Kambja_algkool, lk 56
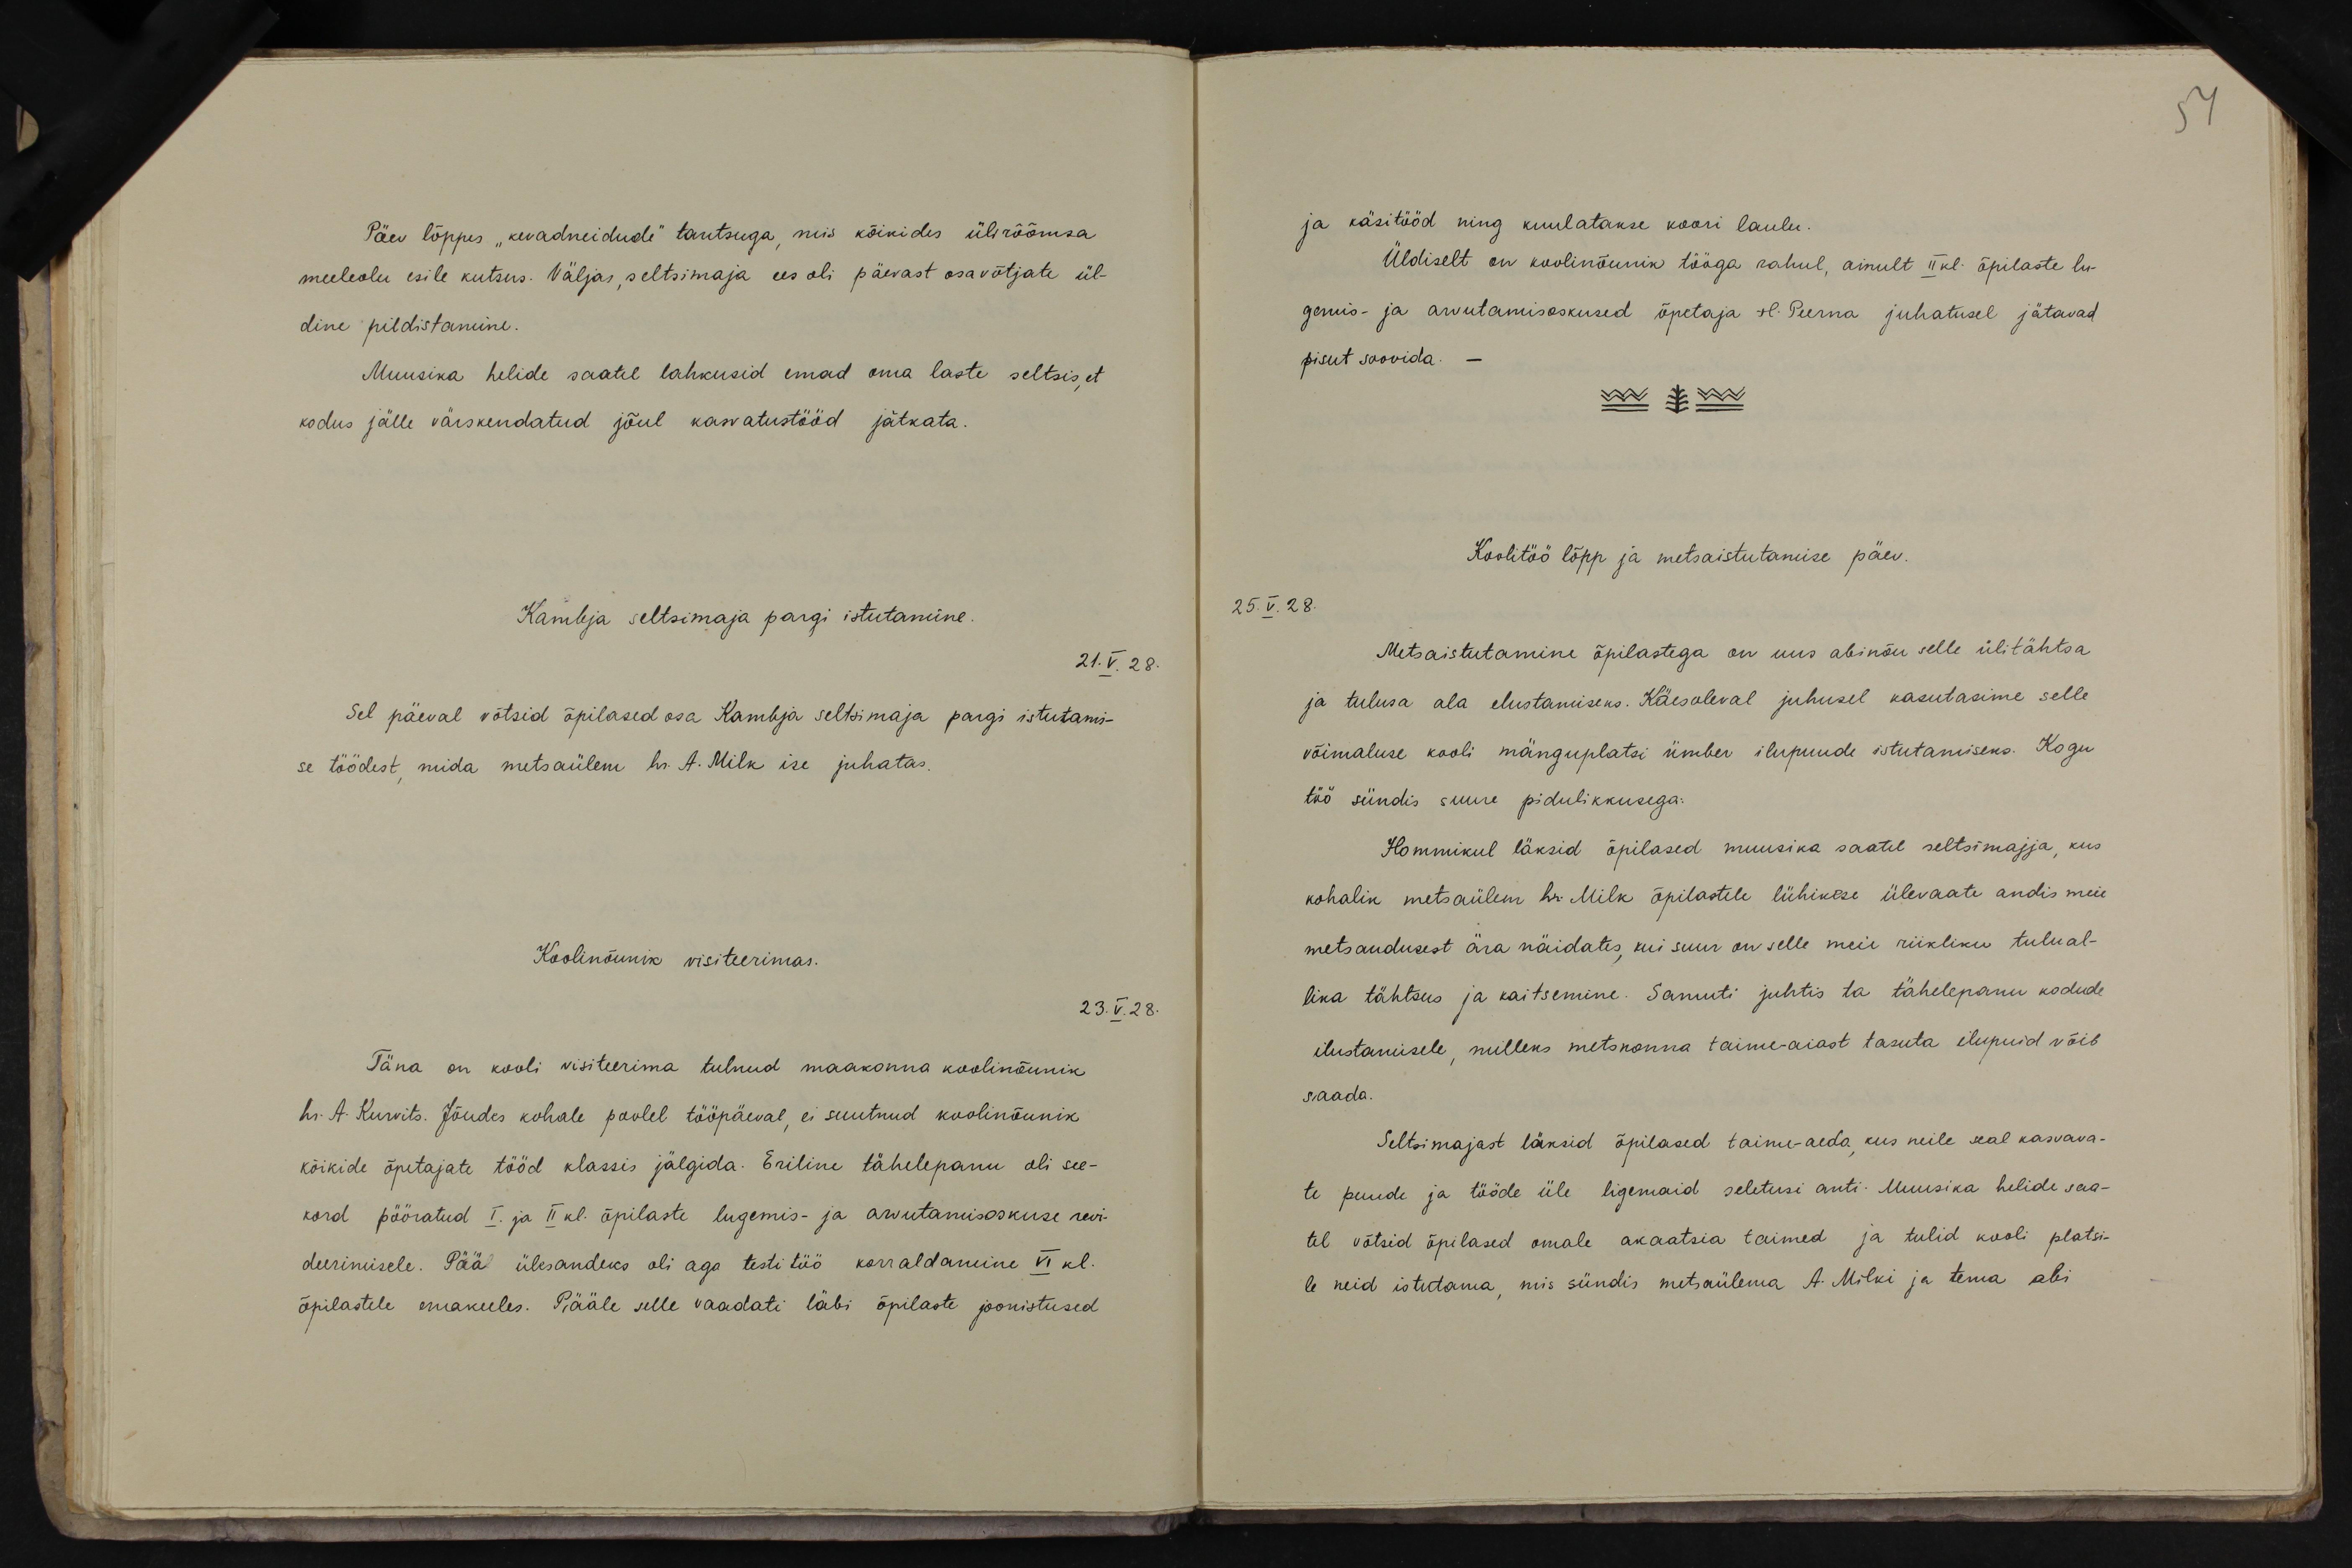
Päev lõppes "kevadneidude" tantsuga, mis kõikides ülirõõmsa
meeleolu esile kutsus. Väljas, seltsimaja ees oli päevast osavõtjate ül-
dine pildistamine.
Muusika helide saatel lahkusid emad oma laste seltsis, et
kodus jälle värskendatud jõul kasvatustööd jätkata.
Kambja seltsimaja pargi istutamine.
21.V.28.
Sel päeval võtsid õpilased osa Kambja seltsimaja pargi istutami-
se töödest, mida metsaülem hr. A. Milk ise juhatas.
Koolinõunik visiteerimas.
23.V.28.
Täna on kooli visiteerima tulnud maakonna koolinõunik
hr. A. Kurvits. Jõudes kohale poolel tööpäeval, ei suutnud koolinõunik
kõikide õpetajate tööd klassis jälgida. Eritine tähelepanu oli see-
kord pööratud I. ja II kl. õpilaste lugemis- ja arvutamiseoskuse revi-
deerimisele. Pää ülesandeks oli aga testi töö korraldamine VI kl.
õpilastele emakeeles. Pääle selle vaadati läbi õpilaste joonistused

51
ja käsitööd ning kuulatakse koori laulu.
Üldiselt on koolinõunik tööga rahul, ainult II kl. õpilaste lu-
gemis- ja arvutamisoskused õpetaja H. Peerna juhatusel jätavad
pisut soovida.
Koolitöö lõpp ja metsaistutamise päev.
25.V.28.
Metsaistutamine õpilastega on uus abinõu selle ülitähtsa
ja tulusa ala elustamiseks. Käesoleval juhusel kasutasime selle
võimaluse kooli mänguplatsi ümber ilupuude istutamiseks. Kogu
töö sündis suure pidulikkusega.
Hommikul läksid õpilased muusika saatel seltsimajja, kus
kohalik metsaülem hr. Milk õpilastele lühikese ülevaate andis meie
metsandusest ära näidates, kui suur on selle meie riikliku tulual-
lina tähtsus ja kaitsemine. Samuti juhtis ta tähelepanu kodude
ilustamisele, milleks metskonna taime-aiast tasuta ilupuid võib
saada.
Seltsimajast läksid õpilased taimu-aeda, kus neile seal kasvava-
te puude ja tööde üle ligemaid seletusi anti. Muusika helide saa-
tel võtsid õpilased omale akaatsia taimed ja tulid kooli platsi-
le neid istutama, mis sündis metsaülema A. Milki ja tema abi